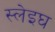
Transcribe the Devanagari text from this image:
स्लेइघ